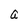
Character: a